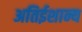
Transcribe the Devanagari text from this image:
अतिईशान्य